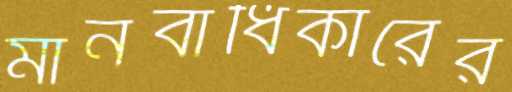
মানবাধিকারের